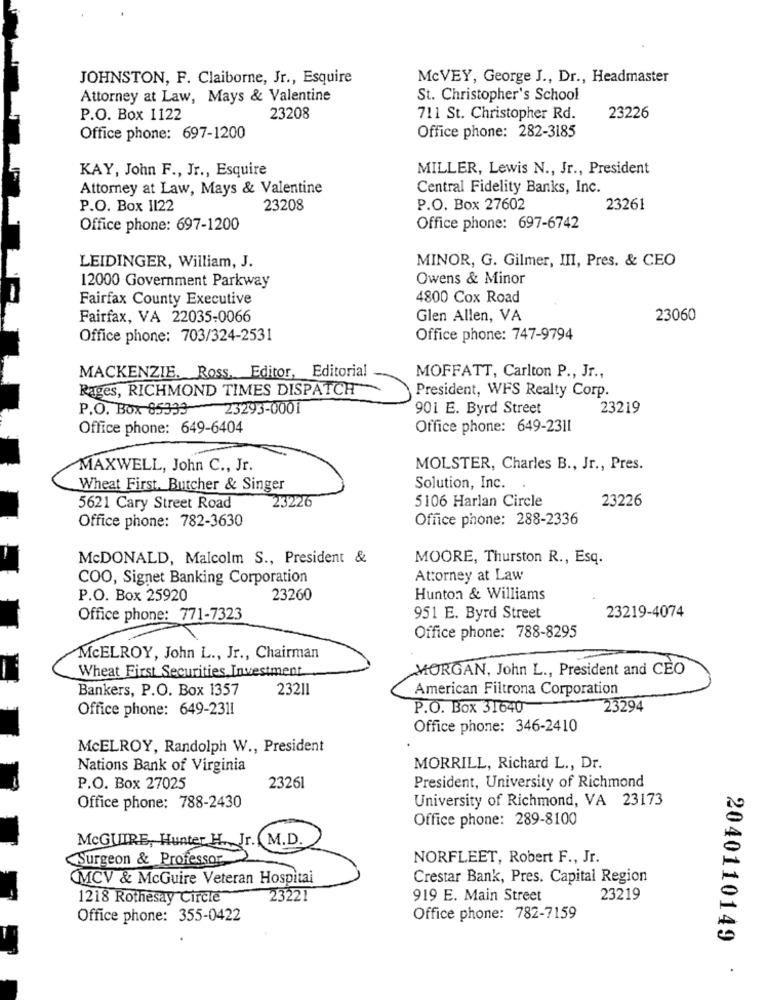
JOHNSTON, F. Claiborne, Jr ., Esquire
McVEY, George J ., Dr ., Headmaster
Attorney at Law, Mays & Valentine
St. Christopher's School
P.O. Box 1122
23208
711 St. Christopher Rd.
23226
Office phone: 282-3185
Office phone: 697-1200
KAY, John F ., Jr ., Esquire
MILLER, Lewis N ., Jr ., President
Attorney at Law, Mays & Valentine
Central Fidelity Banks, Inc.
P.O. Box 1122
23208
P.O. Box 27602
23261
Office phone: 697-1200
Office phone: 697-6742
MINOR, G. Gilmer, III, Pres. & CEO
LEIDINGER, William, J.
12000 Government Parkway
Owens & Minor
Fairfax County Executive
4800 Cox Road
Fairfax, VA 22035-0066
Glen Allen, VA
23060
Office phone: 703/324-2531
Office phone: 747-9794
MACKENZIE. Ross. Editor, Editorial
MOFFATT, Carlton P ., Jr .,
Rages, RICHMOND TIMES DISPATCH
President, WFS Realty Corp.
P.O. Box 85339
23293-0001
901 E. Byrd Street
23219
Office phone: 649-6404
Office phone: 649-2311
MAXWELL, John C ., Jr.
MOLSTER, Charles B ., Jr ., Pres.
Wheat First. Butcher & Singer
Solution, Inc.
23226
5106 Harlan Circle
23226
5621 Cary Street Road
Office phone: 782-3630
Office phone: 288-2336
McDONALD, Malcolm S ., President &
MOORE, Thurston R ., Esq.
COO, Signet Banking Corporation
Attorney at Law
P.O. Box 25920
23260
Hunton & Williams
Office phone: 771-7323
951 E. Byrd Street
23219-4074
Office phone: 788-8295
MCELROY, John L ., Jr ., Chairman
Wheat First Securities Investment
MORGAN, John L ., President and CEO
Bankers, P.O. Box 1357
23211
American Filtrona Corporation
Office phone: 649-2311
P.O. Box 31640
23294
Office phone: 346-2410
MCELROY, Randolph W ., President
Nations Bank of Virginia
MORRILL, Richard L ., Dr.
23261
P.O. Box 27025
President, University of Richmond
University of Richmond, VA 23173
Office phone: 788-2430
Office phone: 289-8100
McGUIRE, Hunter H. Jr. M.D.
Surgeon & Professor
NORFLEET, Robert F ., Jr.
MCV & McGuire Veteran Hospital
Crestar Bank, Pres. Capital Region
1218 Rothesay Circle
23221
919 E. Main Street
23219
Office phone: 355-0422
Office phone: 782-7159
2040110149